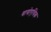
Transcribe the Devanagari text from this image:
बायोएथिक